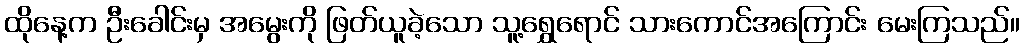
ထိုနေ့က ဦးခေါင်းမှ အမွေးကို ဖြတ်ယူခဲ့သော သူ့ရွှေရောင် သားကောင်အကြောင်း မေးကြသည်။